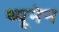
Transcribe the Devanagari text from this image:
थ्यूनेन